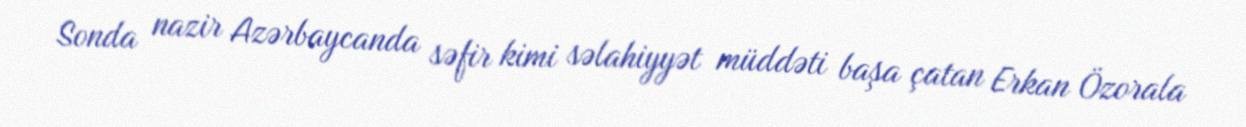
Sonda nazir Azərbaycanda səfir kimi səlahiyyət müddəti başa çatan Erkan Özorala